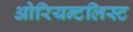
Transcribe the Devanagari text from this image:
ओरियन्टलिस्ट